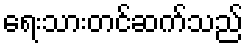
ရေးသားတင်ဆက်သည်